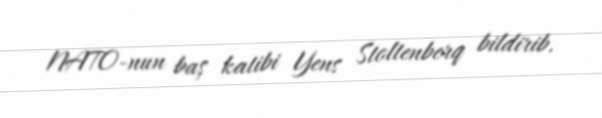
NATO-nun baş katibi Yens Stoltenberq bildirib.